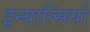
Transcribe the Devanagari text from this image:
इन्यात्सियो